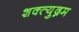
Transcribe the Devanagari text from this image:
शक्त्युद्गम